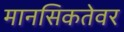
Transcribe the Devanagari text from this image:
मानसिकतेवर